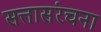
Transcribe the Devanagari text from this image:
सत्तासंरचना